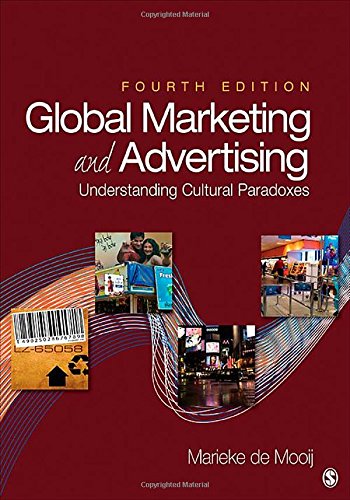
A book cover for Global Marketing and Advertising: Understanding Cultural Paradoxes; Marieke de Mooij; Business & Money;